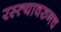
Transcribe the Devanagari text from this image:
रस्त्यावरुनच